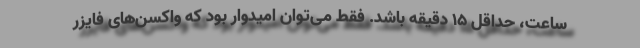
ساعت، حداقل ۱۵ دقیقه باشد. فقط می‌توان امیدوار بود که واکسن‌های فایزر